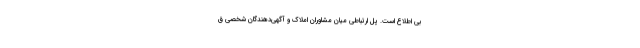
بی اطلاع است. پل ارتباطی میان مشاوران املاک و آگهی‌دهندگان شخصی ق